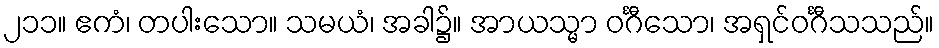
၂၁၁။ ဧကံ၊ တပါးသော။ သမယံ၊ အခါ၌။ အာယသ္မာ ဝင်္ဂီသော၊ အရှင်ဝင်္ဂီသသည်။